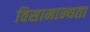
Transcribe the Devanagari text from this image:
विसामान्यता